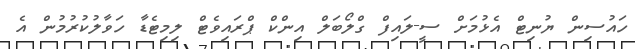
ހައުސިން ޔުނިޓް އެޅުމަށް ސީ-ލައިފް ގްލޯބަލް އިންކް ޕްރައިވެޓް ލިމިޓެޑާ ހަވާލުކުުރުމުން އެ